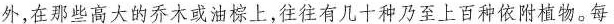
外，在那些高大的乔木或油棕上，往往有几十种乃至上百种依附植物。每